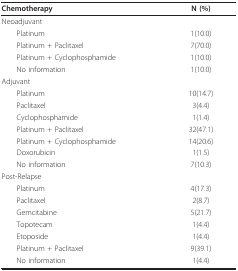
<table><thead><tr><td><b>Chemotherapy</b></td><td><b>N (%)</b></td></tr></thead><tbody><tr><td>Neoadjuvant</td><td></td></tr><tr><td> Platinum</td><td>1(10.0)</td></tr><tr><td> Platinum + Paclitaxel</td><td>7(70.0)</td></tr><tr><td> Platinum + Cyclophosphamide</td><td>1(10.0)</td></tr><tr><td> No information</td><td>1(10.0)</td></tr><tr><td>Adjuvant</td><td></td></tr><tr><td> Platinum</td><td>10(14.7)</td></tr><tr><td> Paclitaxel</td><td>3(4.4)</td></tr><tr><td> Cyclophosphamide</td><td>1(1.4)</td></tr><tr><td> Platinum + Paclitaxel</td><td>32(47.1)</td></tr><tr><td> Platinum + Cyclophosphamide</td><td>14(20.6)</td></tr><tr><td> Doxorubicin</td><td>1(1.5)</td></tr><tr><td> No information</td><td>7(10.3)</td></tr><tr><td>Post-Relapse</td><td></td></tr><tr><td> Platinum</td><td>4(17.3)</td></tr><tr><td> Paclitaxel</td><td>2(8.7)</td></tr><tr><td> Gemcitabine</td><td>5(21.7)</td></tr><tr><td> Topotecam</td><td>1(4.4)</td></tr><tr><td> Etoposide</td><td>1(4.4)</td></tr><tr><td> Platinum + Paclitaxel</td><td>9(39.1)</td></tr><tr><td> No information</td><td>1(4.4)</td></tr></tbody></table>